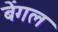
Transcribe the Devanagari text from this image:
बेंगल